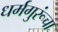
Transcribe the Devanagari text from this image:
धर्मगुरूंचा